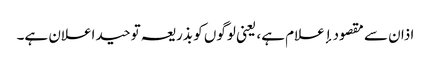
اذان سے مقصود إعلام ہے، یعنی لوگوں کو بذریعہ توحید اعلان ہے۔